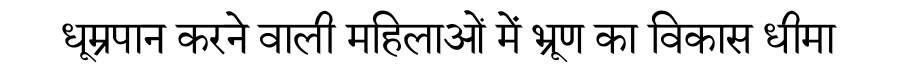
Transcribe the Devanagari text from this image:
धूम्रपान करने वाली महिलाओं में भ्रूण का विकास धीमा